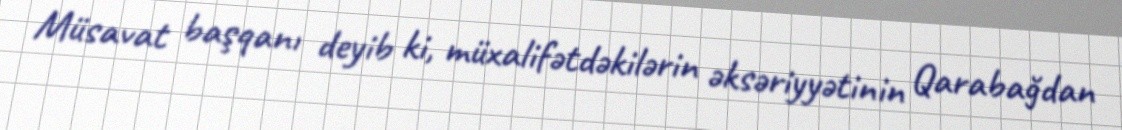
Müsavat başqanı deyib ki, müxalifətdəkilərin əksəriyyətinin Qarabağdan